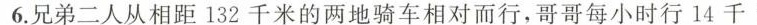
6.兄弟二人从相距132千米的两地骑车相对而行，哥哥每小时行14千